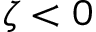
\zeta < 0